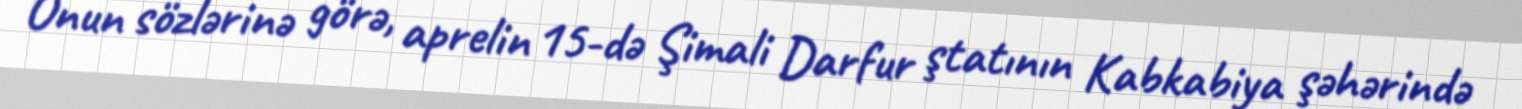
Onun sözlərinə görə, aprelin 15-də Şimali Darfur ştatının Kabkabiya şəhərində